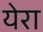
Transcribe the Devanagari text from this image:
येरा